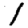
Digit: 1